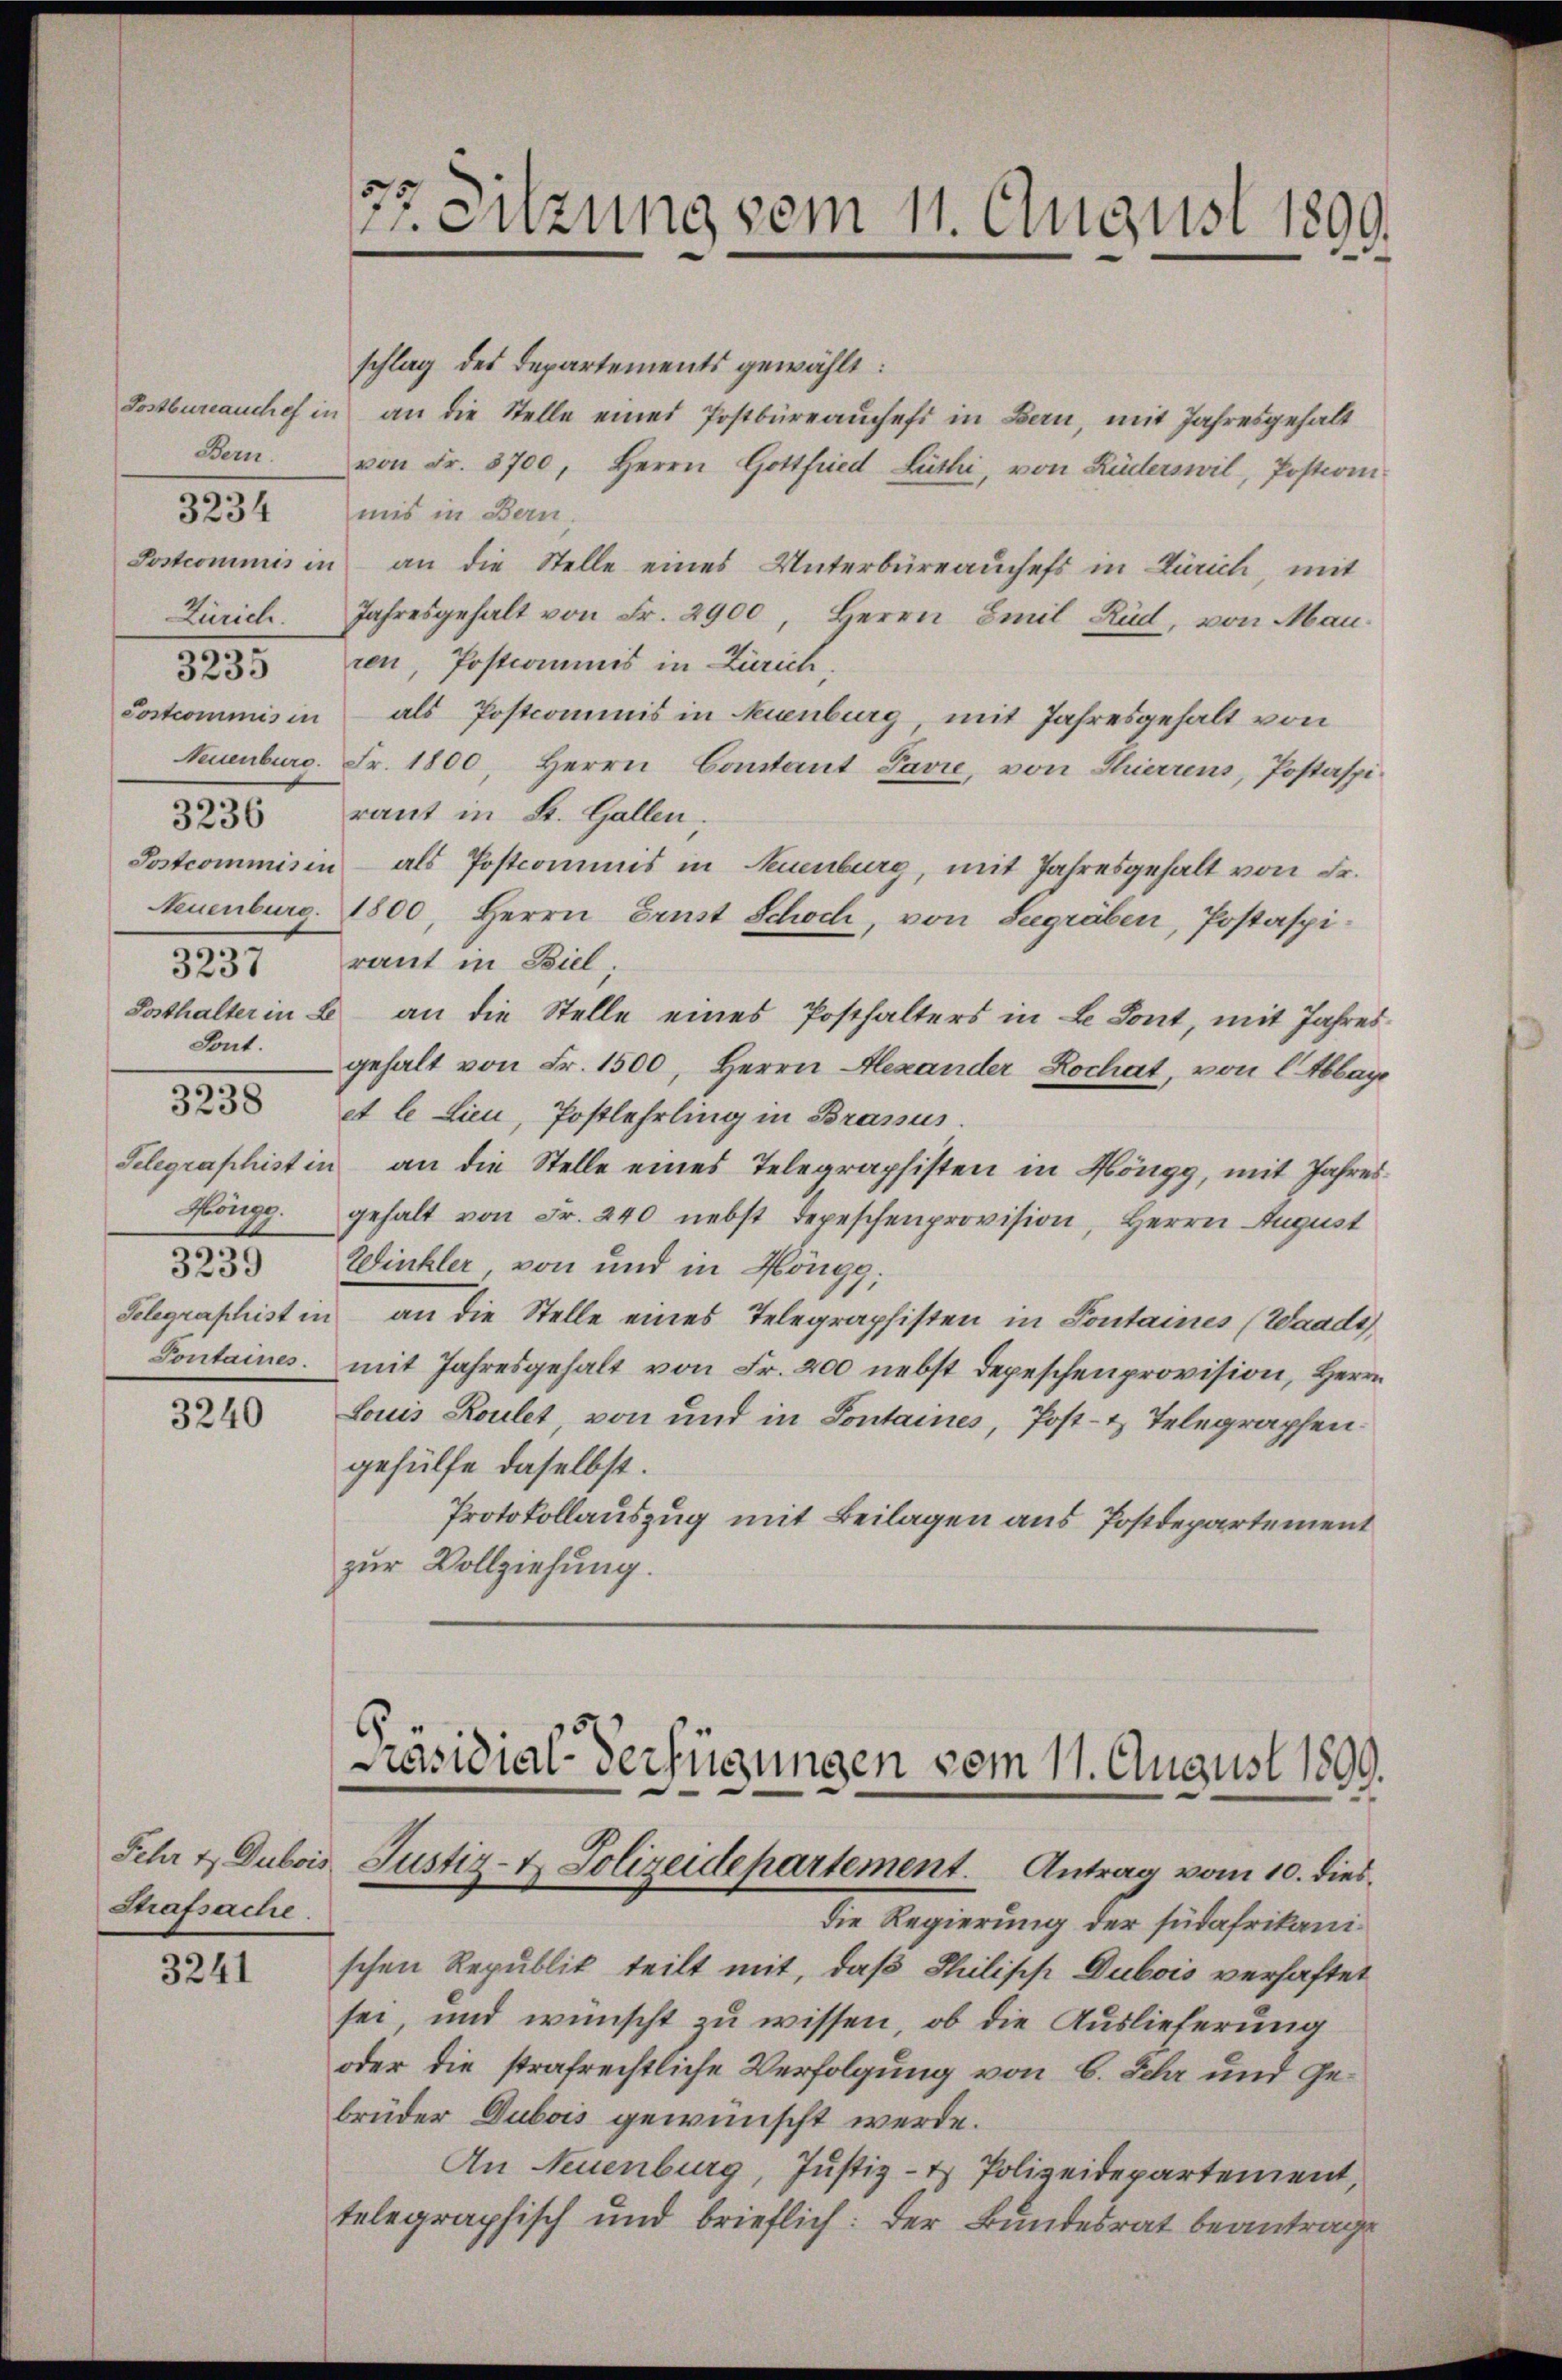
Bern.
3237
Sont.
3238
3239

3234

3235

3236

3240

Strafsache.

3241

27. Sitzung vom 11. August 1899.

schlag des Departements gewählt:
Postbureauchef in an die Stelle einer Postbüreaŭchefs in Bern, mit Jahresgehalt
von Fr. 3700, Herrn Gottfried Lüthi, von Rüderswil, Posterm
mis in Bern.
Postcommis in an die Stelle eines Unterbüreaŭchefs in Zürich, mit
Zürich. Jahresgehalt von Fr. 2900, Herrn Emil Rüd, von Man-
ren, Postcommis in Zürich,
Sostcommis in als Postcommis in Neuenburg, mit Jahresgehalt von
Neuenburc. Fr. 1800, Herrn Cantant Pavie, von Thierrens, Postaspiraut in St. Gallen,
Postcommisin - als Postcommis in Neuenburg, mit Jahresgehalt von Fr.
Neuenburg. 1800, Herrn Ernst Schoch, von Seegräben, Postaspiraut in Biel,
Posthalter in B an die Stelle eines Posthalters in Le dont, mit Jahresgehalt von Fr. 1500, Herrn Alexander Rochat, von l Ablage
et le Lieu, Postlehrling in Brassus.
Selegraphist in an die Stelle eines Telegraphisten in Höngg, mit Jahres
Höngg. gehalt von Fr. 240 nebst Depeschenprovision, Herrn August
Winkler von und in Höngg;
Telegraphist in an die Stelle eines Telegraphisten in Sontaines (Waadt
Pontaines mit Jahresgehalt von Fr. 200 nebst Depeschenprovision, Herrn
Louis Roulet, von und in Sontaines, Post- & Telegraphen
gehülfe daselbst.
Protokollauszug mit Beilagen aus Postdepartement
zur Vollziehung.

Präsidial-Verfügungen vom 11. August 1899.
Fehr & Dubois Justiz- & Polizeidepartement. Antrag vom 10. dies

die Regierung der südafrikanischen Republik teilt mit, daß Philipp Dubois verhaftet
sei, und wünscht zu wissen, ob die Auslieferung
oder die strafrechtliche Verfolgung von 6. Sehr und Gebrüder Dubois gewünscht werde.
An Neuenburg, Justiz- & Polizeidepartement,
telegraphisch und brieflich: Der Bundesrat beantrage